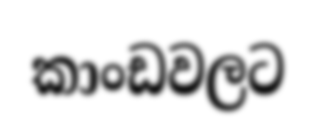
කාංඩවලට